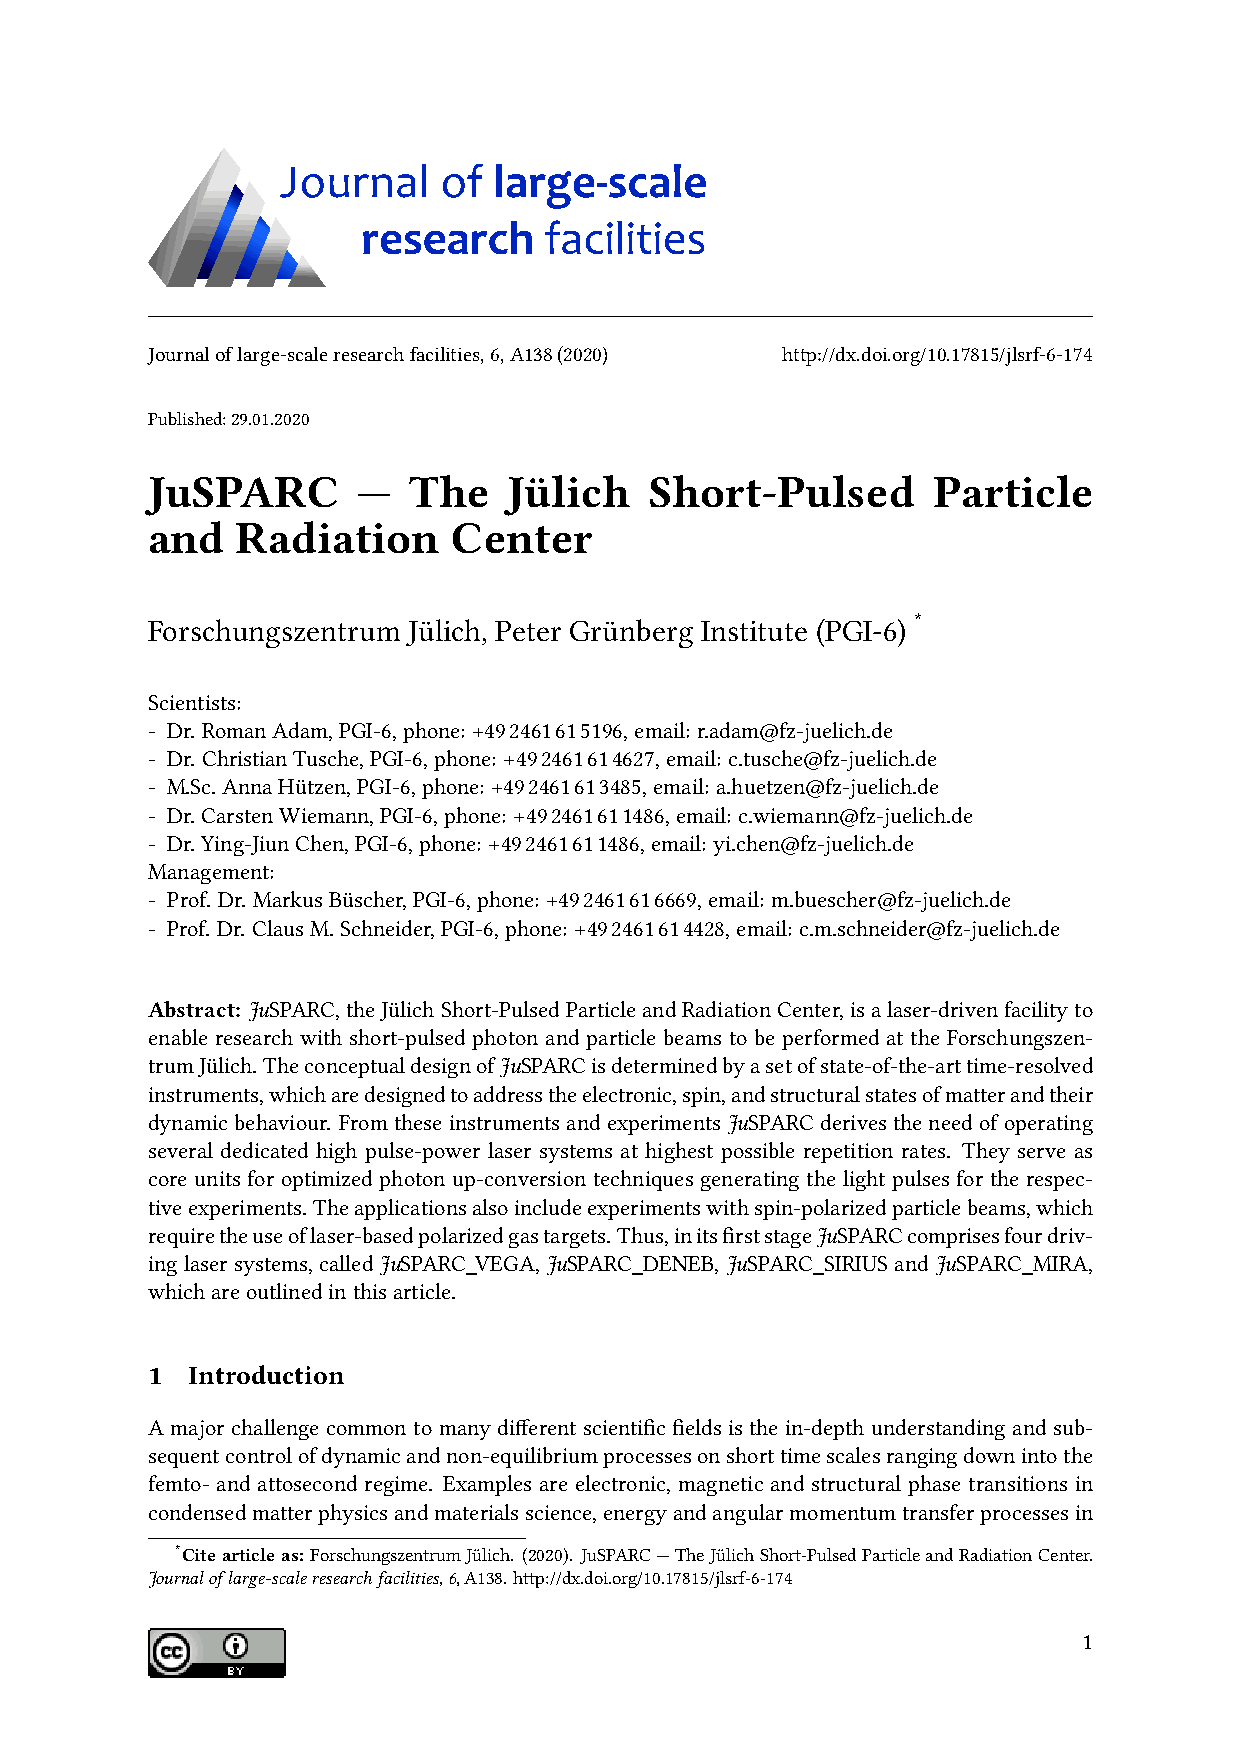
Journaloflarge-scaleresearchfacilities,6,A138(2020) http://dx.doi.org/10.17815/jlsrf-6-174
 Published:29.01.2020
 JuSPARC       —  The    Jülich   Short-Pulsed       Particle
 and   Radiation     Center
 Forschungszentrum Jülich, Peter Grünberg Institute (PGI-6) *
 Scientists:
 - Dr. RomanAdam,PGI-6,phone: +492461615196,email: r.adam@fz-juelich.de
 - Dr. ChristianTusche,PGI-6,phone: +492461614627,email: c.tusche@fz-juelich.de
 - M.Sc.AnnaHützen,PGI-6,phone: +492461613485,email: a.huetzen@fz-juelich.de
 - Dr.CarstenWiemann,PGI-6,phone: +492461611486,email: c.wiemann@fz-juelich.de
 - Dr.Ying-JiunChen,PGI-6,phone: +492461611486,email: yi.chen@fz-juelich.de
 Management:
 - Prof. Dr. MarkusBüscher,PGI-6,phone: +492461616669,email: m.buescher@fz-juelich.de
 - Prof. Dr. ClausM.Schneider,PGI-6,phone: +492461614428,email: c.m.schneider@fz-juelich.de
 Abstract: JuSPARC,theJülichShort-PulsedParticleandRadiationCenter,isalaser-drivenfacilityto
 enable research with short-pulsed photon and particle beams to be performed at the Forschungszen-
 trumJülich. TheconceptualdesignofJuSPARCisdeterminedbyasetofstate-of-the-arttime-resolved
 instruments,whicharedesignedtoaddresstheelectronic,spin,andstructuralstatesofmatterandtheir
 dynamicbehaviour. FromtheseinstrumentsandexperimentsJuSPARCderivestheneedofoperating
 several dedicated high pulse-power laser systems at highest possible repetition rates. They serve as
 core units for optimized photon up-conversion techniques generating the light pulses for the respec-
 tiveexperiments. Theapplicationsalsoincludeexperimentswithspin-polarizedparticlebeams,which
 requiretheuseoflaser-basedpolarizedgastargets.Thus,initsfirststageJuSPARCcomprisesfourdriv-
 inglasersystems, calledJuSPARC_VEGA,JuSPARC_DENEB,JuSPARC_SIRIUSandJuSPARC_MIRA,
 whichareoutlinedinthisarticle.
 1 Introduction
 A major challenge common to many different scientific fields is the in-depth understanding and sub-
 sequentcontrolofdynamicandnon-equilibriumprocessesonshorttimescalesrangingdownintothe
 femto- and attosecond regime. Examples are electronic, magnetic and structural phase transitions in
 condensedmatterphysicsandmaterialsscience,energyandangularmomentumtransferprocessesin
 * Citearticleas: ForschungszentrumJülich. (2020). JuSPARC—TheJülichShort-PulsedParticleandRadiationCenter.
 Journaloflarge-scaleresearchfacilities,6,A138.http://dx.doi.org/10.17815/jlsrf-6-174
 1